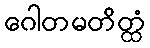
ဂေါတမတိတ္ထံ